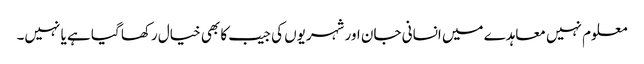
معلوم نہیں معاہدے میں انسانی جان اور شہریوں کی جیب کا بھی خیال رکھا گیا ہے یا نہیں۔